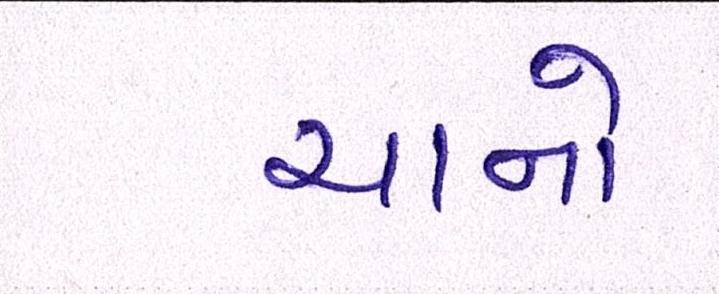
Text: ચાનો